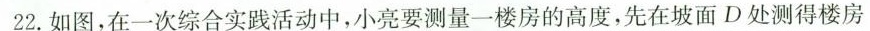
22.如图，在一次综合实践活动中，小亮要测量一楼房的高度，先在坡面D处测得楼房